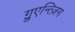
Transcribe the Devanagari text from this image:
ग़्रुएन्त्ज़िग